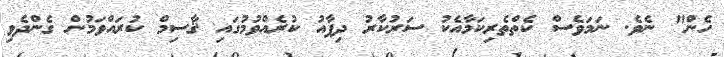
ހެން" ނެވެ. ނަމަވެސް ކެތްތެރިކަމާއެކު ސަރުކާރު ދިފާއު ކުރެއްވުމުގައި ޤާސިމް ކުރައްވަމުން ގެންދެވި